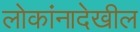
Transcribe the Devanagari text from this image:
लोकांनादेखील